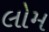
લોમ